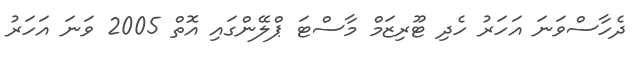
ދެހާސްވަނަ އަހަރު ހެދި ޓޫރިޒަމް މާސްޓަ ޕްލޭންގައި އޮތް 2005 ވަނަ އަހަރު